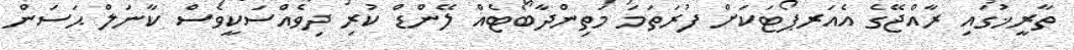
ތާރީޚުގައި ރާއްޖޭގެ އެއަރޕޯޓަކަށް ފުރަތަމަ މަތިންދާބޯޓެއް ލޭންޑް ކުރި ދިވެއްސަކީވެސް ކާނަލް ޙަސަން